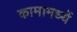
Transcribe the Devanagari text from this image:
कामामध्यें